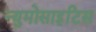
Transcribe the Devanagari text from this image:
न्युमोसाइटिस